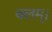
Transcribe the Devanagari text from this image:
बलम्।